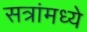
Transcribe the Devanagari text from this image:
सत्रांमध्ये